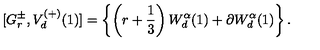
[ G _ { r } ^ { \pm } , V _ { d } ^ { ( + ) } ( 1 ) ] = \left\{ \left( r + { \frac { 1 } { 3 } } \right) W _ { d } ^ { \alpha } ( 1 ) + \partial W _ { d } ^ { \alpha } ( 1 ) \right\} .